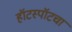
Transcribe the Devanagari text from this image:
हॉटस्पॉटचा